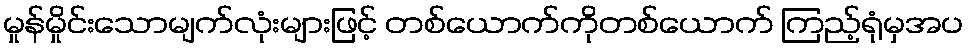
မှုန်မှိုင်းသောမျက်လုံးများဖြင့် တစ်ယောက်ကိုတစ်ယောက် ကြည့်ရုံမှအပ